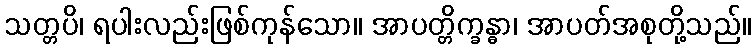
သတ္တပိ၊ ရပါးလည်းဖြစ်ကုန်သော။ အာပတ္တိက္ခန္ဓာ၊ အာပတ်အစုတို့သည်။